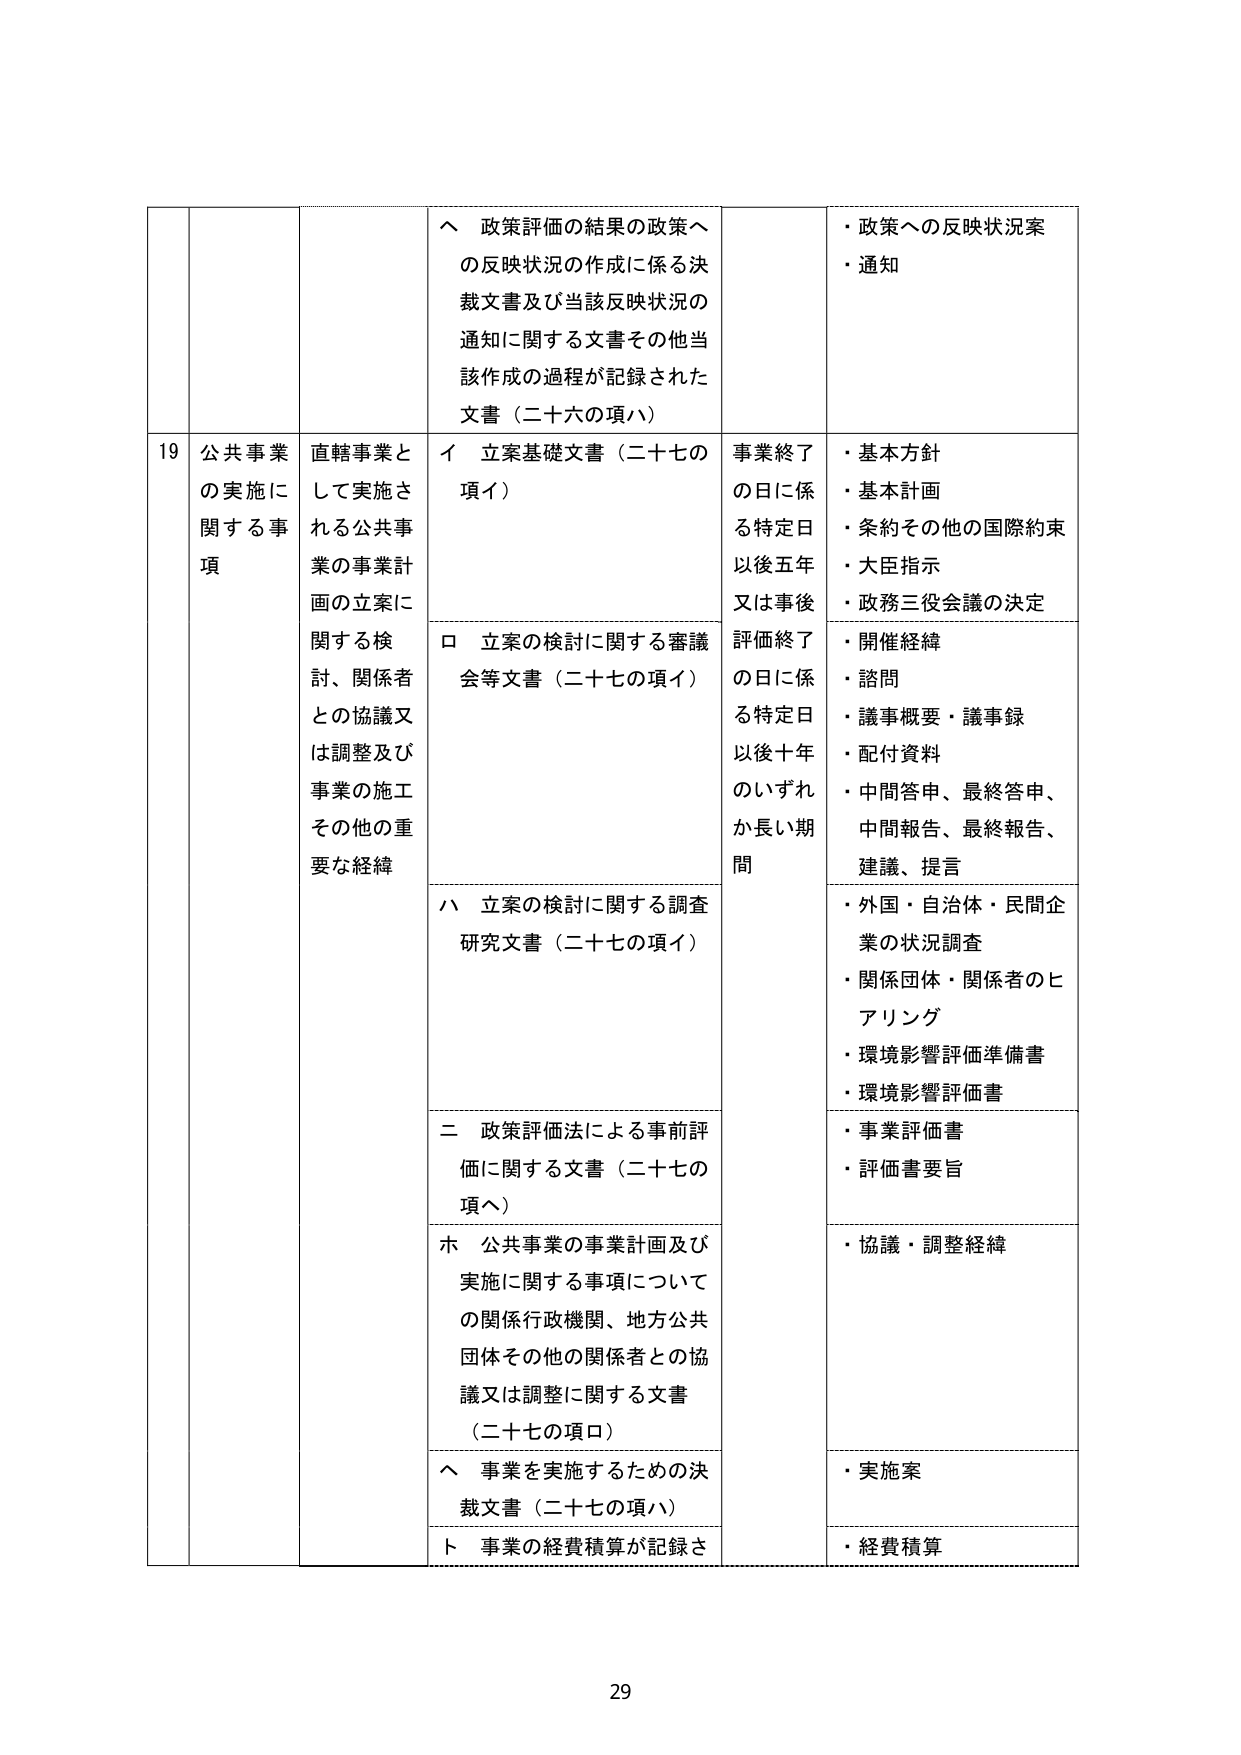
19 公共事業の実施に関する事項
直轄事業として実施される公共事業の事業計画の立案に関する検討、関係者との協議又は調整及び事業の施工その他の重要な経緯

ヘ 政策評価の結果の政策への反映状況の作成に係る決裁文書及び当該反映状況の通知に関する文書その他当該作成の過程が記録された文書（二十六の項ハ）
・政策への反映状況案
・通知

イ 立案基礎文書（二十七の項イ）
ロ 立案の検討に関する審議会等文書（二十七の項イ）
ハ 立案の検討に関する調査研究文書（二十七の項イ）
ニ 政策評価法による事前評価に関する文書（二十七の項ヘ）
ホ 公共事業の事業計画及び実施に関する事項についての関係行政機関、地方公共団体その他の関係者との協議又は調整に関する文書（二十七の項ロ）
ヘ 事業を実施するための決裁文書（二十七の項ハ）
ト 事業の経費積算が記録さ

事業終了の日に係る特定日以後五年又は事後評価終了の日に係る特定日以後十年のいずれか長い期間

・基本方針
・基本計画
・条約その他の国際約束
・大臣指示
・政務三役会議の決定

・開催経緯
・諮問
・議事概要・議事録
・配付資料
・中間答申、最終答申、中間報告、最終報告、建議、提言

・外国・自治体・民間企業の状況調査
・関係団体・関係者のヒアリング
・環境影響評価準備書
・環境影響評価書

・事業評価書
・評価書要旨

・協議・調整経緯

・実施案

・経費積算

29